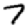
Digit: 7